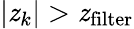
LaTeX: |\mathit{z}_{k}|>\mathit{z}_{\mathrm{{filter}}}